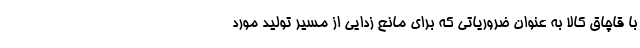
با قاچاق کالا به عنوان ضروریاتی که برای مانع زدایی از مسیر تولید مورد